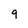
Character: 9